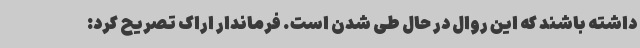
داشته باشند که این روال در حال طی شدن است. فرماندار اراک تصریح کرد: